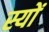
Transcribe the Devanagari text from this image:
स्यों